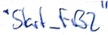
Text: "Start_FB2"